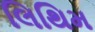
લિથિમ